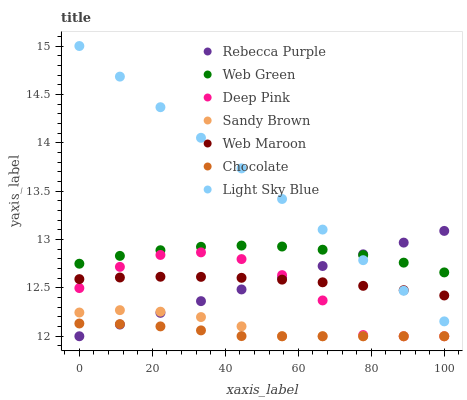
| xaxis_label | Rebecca Purple | Web Green | Deep Pink | Sandy Brown | Web Maroon | Chocolate | Light Sky Blue |
 | --- | --- | --- | --- | --- | --- | --- | --- |
 | 0 | 12 | 12.7 | 12.5 | 12.2 | 12.6 | 12.1 | 15 |
 | 11.1 | 12.1 | 12.8 | 12.7 | 12.3 | 12.6 | 12.1 | 14.7 |
 | 22.2 | 12.2 | 12.9 | 12.8 | 12.3 | 12.6 | 12.1 | 14.4 |
 | 33.3 | 12.4 | 12.9 | 12.9 | 12.2 | 12.6 | 12.1 | 14.1 |
 | 44.4 | 12.5 | 12.9 | 12.8 | 12.1 | 12.6 | 12 | 13.7 |
 | 55.6 | 12.6 | 12.9 | 12.6 | 12 | 12.6 | 12 | 13.4 |
 | 66.7 | 12.7 | 12.9 | 12.4 | 12 | 12.6 | 12 | 13.1 |
 | 77.8 | 12.8 | 12.8 | 12 | 12 | 12.5 | 12 | 12.8 |
 | 88.9 | 13 | 12.8 | 12 | 12 | 12.5 | 12 | 12.5 |
 | 100 | 13.1 | 12.7 | 12 | 12 | 12.4 | 12 | 12.2 |